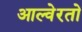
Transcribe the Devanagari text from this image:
आल्वेरतो